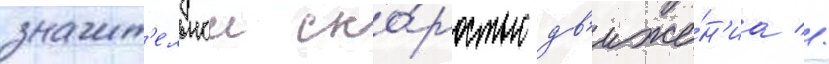
значит'ельнои ско́ростью дв'иже́н'иа //